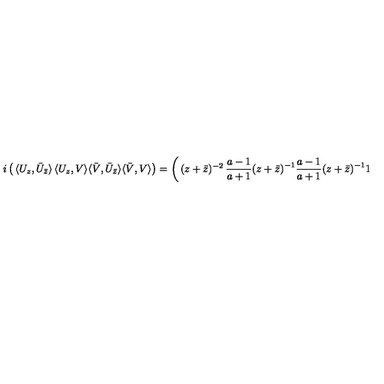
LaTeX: i \left( \begin{matrix} { \langle U _ { z } , \bar { U } _ { \bar { z } } \rangle } & { \langle U _ { z } , V \rangle } \\ { \langle \bar { V } , \bar { U } _ { \bar { z } } \rangle } & { \langle \bar { V } , V \rangle } \\ \end{matrix} \right) = \left( \begin{matrix} { ( z + \bar { z } ) ^ { - 2 } } & { \frac { a - 1 } { a + 1 } ( z + \bar { z } ) ^ { - 1 } } \\ { \frac { a - 1 } { a + 1 } ( z + \bar { z } ) ^ { - 1 } } & { 1 } \\ \end{matrix} \right)